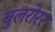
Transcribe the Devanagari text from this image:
बुलरोरर